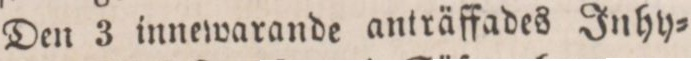
— Den 3 innewarande anträffades Inhy=